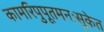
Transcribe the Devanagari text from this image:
कामरिपुपूतमनःसुकेत